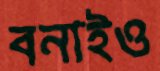
বনাইও